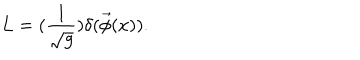
LaTeX: L = ( \frac 1 { \sqrt { g } } ) \delta ( \vec { \phi } ( x ) ) .